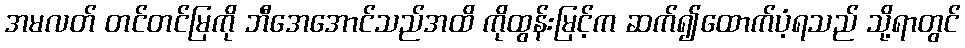
အမလတ် တင်တင်မြကို ဘီအေအောင်သည်အထိ ကိုထွန်းမြင့်က ဆက်၍ထောက်ပံ့ရသည် သို့ရာတွင်